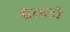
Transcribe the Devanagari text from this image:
ब्रेसाटो